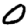
Digit: 0